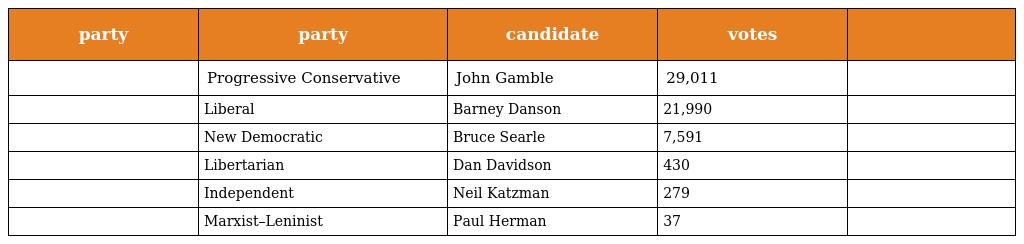
| party | party | candidate | votes |  |
 | --- | --- | --- | --- | --- |
 |  | Progressive Conservative | John Gamble | 29,011 |  |
 |  | Liberal | Barney Danson | 21,990 |  |
 |  | New Democratic | Bruce Searle | 7,591 |  |
 |  | Libertarian | Dan Davidson | 430 |  |
 |  | Independent | Neil Katzman | 279 |  |
 |  | Marxist–Leninist | Paul Herman | 37 |  |